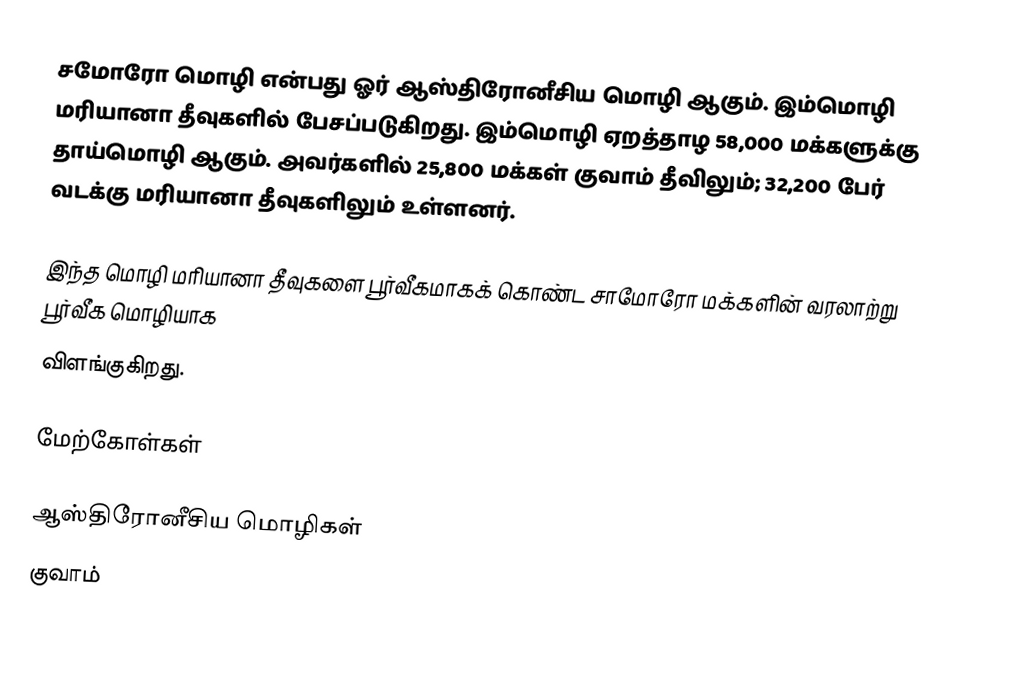
சமோரோ மொழி என்பது ஓர் ஆஸ்திரோனீசிய மொழி ஆகும். இம்மொழி  மரியானா தீவுகளில் பேசப்படுகிறது. இம்மொழி ஏறத்தாழ 58,000 மக்களுக்கு தாய்மொழி ஆகும். அவர்களில் 25,800 மக்கள் குவாம் தீவிலும்; 32,200 பேர் வடக்கு மரியானா தீவுகளிலும் உள்ளனர்.

இந்த மொழி மரியானா தீவுகளை பூர்வீகமாகக் கொண்ட சாமோரோ மக்களின் வரலாற்று பூர்வீக மொழியாக
விளங்குகிறது.

மேற்கோள்கள்

ஆஸ்திரோனீசிய மொழிகள்
குவாம்